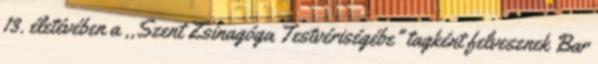
13. életévében a ,,Szent Zsinagóga Testvériségébe" tagként felvesznek Bar